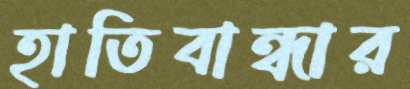
হাতিবান্ধার